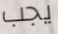
يجب